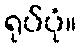
ရုပ်ပုံ။